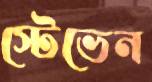
স্টেভেন